Vaccination in Bombay 1889-1901 - 1889-1901
Year: 1889
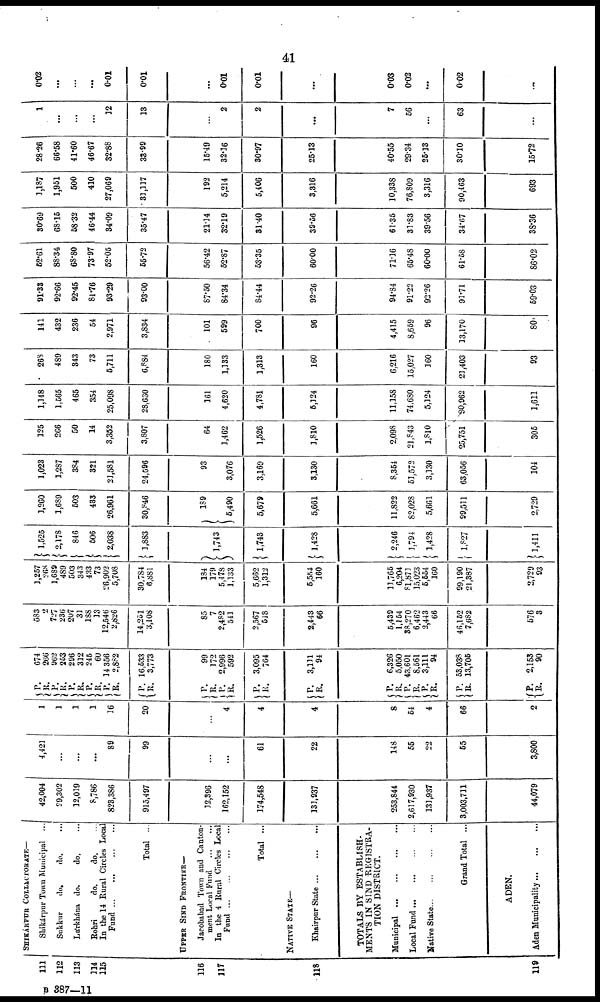
41
111
112
113
114
115
116
117
118
119
SHIKÁRPUR COLLACTORATE—
Shikárpur Town Municipal ...
Sukkur
do.
do. ...
Lárkhána do.
do. ...
Rohri
do.
do. ...
In the 14 Rural Circles Local
Fund
...
...
...
...
Total ...
UPPER SIND FRONTIER—
Jacobabad Town and Canton-
ment Loral Fund
...
...
In the 4 Rural Circles Local
Fund
...
...
...
...
Total ...
NATIVE STATE—
Khairpur State
...
...
...
TOTALS BY ESTABLISH-
MENTS IN SIND REGISTRA-
TION DISTRICT.
Municipal ... ... ... ...
Local Fund
...
...
...
...
Native State
...
...
...
...
Grand Total ...
ADEN.
Aden Municipality
...
...
...
42,004
29,302
12,019
8,786
823,386
915,497
12,396
162,152
174,548
131,937
253,844
2,617,930
131,937
3,003,711
44,079
4,421
...
...
...
89
99
...
...
61
22
148
55
22
55
3,800
1
1
1
1
16
20
...
4
4
4
8
54
4
66
2
P.
R.
P.
R.
P.
R.
P.
R.
P.
R.
P.
R.
P.
R.
P.
R.
P.
R.
P.
R.
P.
R.
P.
R.
P.
R.
P.
R.
P.
R.
674
266
962
253
296
312
245
60
14,356
2,882
16,533
3,773
99
172
2,996
592
3,095
764
3,111
94
6,326
5,050
43,601
8,561
3,111
94
53,038
13,705
2,153
90
583
2
727
236
207
31
188
13
12,546
2,826
14,251
3,108
85
7
2,482
541
2,567
548
2,443
66
5,439
1,154
38,270
6,462
2,443
66
46,152
7,682
576
3
1,257
268
1,689
489
503
343
433
73
26,902
5,708
30,784
6,881
184
179
5,478
1,133
5,662
1,312
5,554
160
13,765
6,204
81,871
15,023
5,554
160
99,190
21,387
2,729
93
1,525
2,178
846
506
2,038
3,883
1,743
1,743
1,428
2,246
1,794
1,428
1,827
1,411
1,260
1,689
503
433
26,961
30,846
189
5,490
5,679
5,661
11,822
82,028
5,661
99,511
2,729
1,023
1,287
384
321
23,581
24,596
93
3,076
3,169
3,130
8,354
51,572
3,130
63,056
104
125
266
50
14
3,352
3,807
64
3,462
1,526
3,810
2,098
21,843
1,810
25,751
305
1,148
1,565
465
354
25,098
28,630
161
4,620
4,781
5,324
11,158
74,680
5,124
90,962
1,611
268
489
343
73
5,711
6,884
180
1,133
1,313
160
6,216
15,027
160
23,403
93
141
432
236
54
2,971
3,834
101
599
700
96
4,415
8,659
96
13,170
80
91.33
92.66
92.45
81.76
93.29
93.00
87.50
84.34
84.44
92.26
94,84
91.22
92.26
91.71
59.03
52.61
88.34
68.80
73.97
52.05
55.72
56.42
52.87
53.35
60.00
71.16
65.48
60.00
61.58
86.02
30.69
68.15
58.32
46.44
34.09
35.47
21.14
32.19
31.40
39.56
61.36
31.83
39.56
34.67
38.36
1,187
1,951
500
410
27,069
31,117
192
5,214
5,406
3,316
10,338
76,809
3,316
90,463
693
28.26
66.58
41.60
46.67
32.88
33.99
15.49
32.36
30.97
25.13
40.55
29.34
25.13
30.10
15.72
1
...
...
...
12
13
...
2
2
...
7
56
...
63
...
0.02
...
...
...
0.01
0.01
...
0.01
0.01
...
0.03
0.02
...
0.02
...
B 387—11